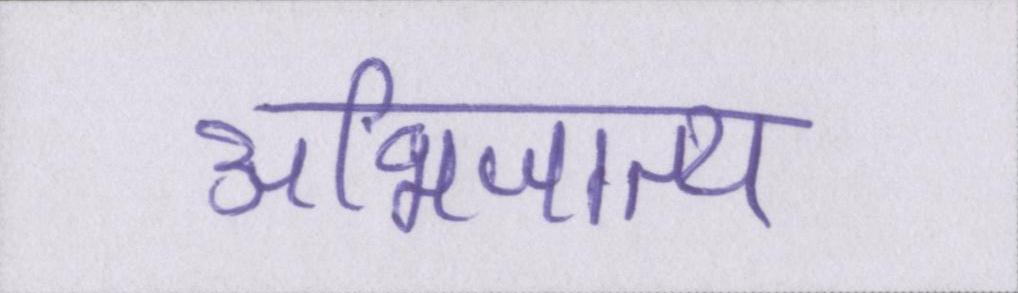
अभिजात्य